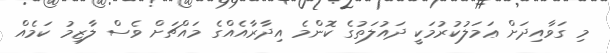
މި ގަވާއިދަށް ޢަމަލުކުރުމަކީ ދައުލަތުގެ ކޮންމެ އިދާރާއެއްގެ މައްޗަށް ވެސް ލާޒިމު ކަމެއް